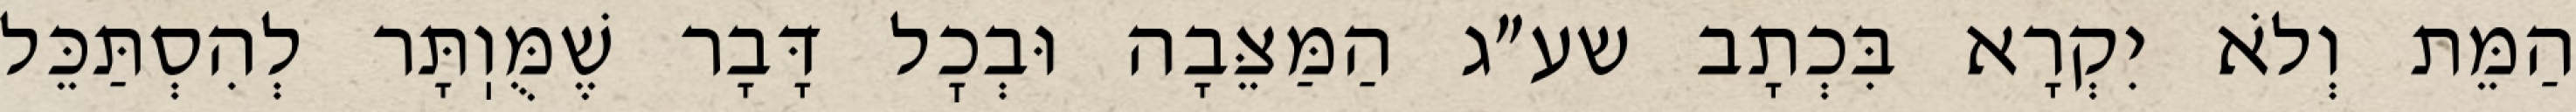
הַמֵּת וְלֹא יִקְרָא בִּכְתָב שע״ג הַמַּצֵּבָה וּבְכׇל דָּבָר שֶׁמֻּוֽתָּר לְהִסְתַּכֵּל